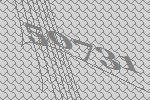
50731